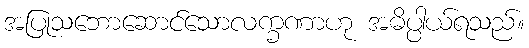
အပြုသဘောဆောင်သောလက္ခဏာဟု အဓိပ္ပါယ်ရသည်။